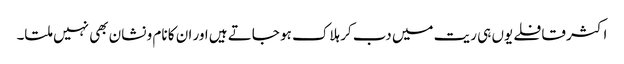
اکثر قافلے یوں ہی ریت میں دب کر ہلاک ہو جاتے ہیں اور ان کا نام و نشان بھی نہیں ملتا۔